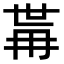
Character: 𭁯